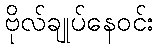
ဗိုလ်ချုပ်နေဝင်း